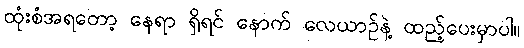
ထုံးစံအရတော့ နေရာ ရှိရင် နောက် လေယာဉ်နဲ့ ထည့်ပေးမှာပါ။